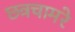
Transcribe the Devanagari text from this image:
छत्रचामरे